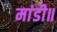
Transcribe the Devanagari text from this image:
मांडी॥